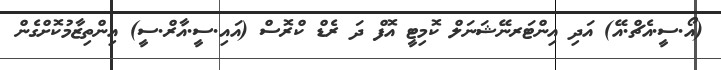
(އޯ.ސީ.އެޗް.އޭ) އަދި އިންޓަރނޭޝަނަލް ކޮމިޓީ އޮފް ދަ ރެޑް ކްރޮސް (އައި.ސީ.އާރް.ސީ) އިންތިޒާމުކޮށްގެން